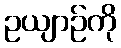
ဥယျာဉ်ကို